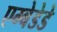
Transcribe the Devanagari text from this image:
एम्बेडेडे